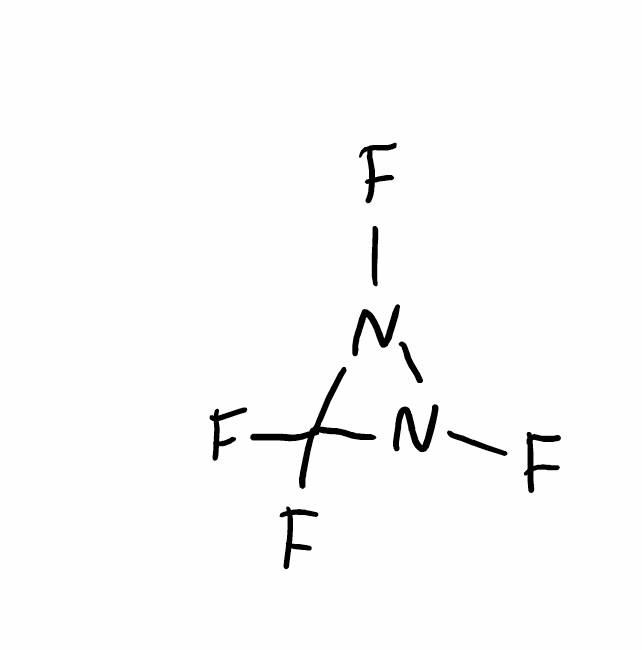
Simplified molecular-input line-entry system (SMILES) notation of the given molecule:
C1(N(N1F)F)(F)F